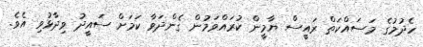
ހެދުމުގެ މަސައްކަތް ރައީސް ޔާމީން ކުރައްވަމުން ގެންދަވާ ކަމަށް ސައީދު ވިދާޅުވި އެވެ.